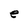
Character: e